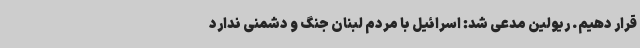
قرار دهیم. ریولین مدعی شد: اسرائیل با مردم لبنان جنگ و دشمنی ندارد